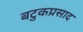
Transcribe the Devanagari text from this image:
बटुकप्रसाद